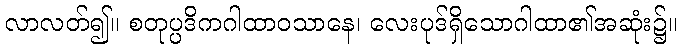
လာလတ်၍။ စတုပ္ပဒိကဂါထာဝသာနေ၊ လေးပုဒ်ရှိသောဂါထာ၏အဆုံး၌။